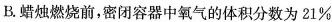
B.蜡烛燃烧前，密闭容器中氧气的体积分数为21%